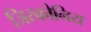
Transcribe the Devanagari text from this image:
जिरकोनिय